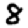
Digit: 8